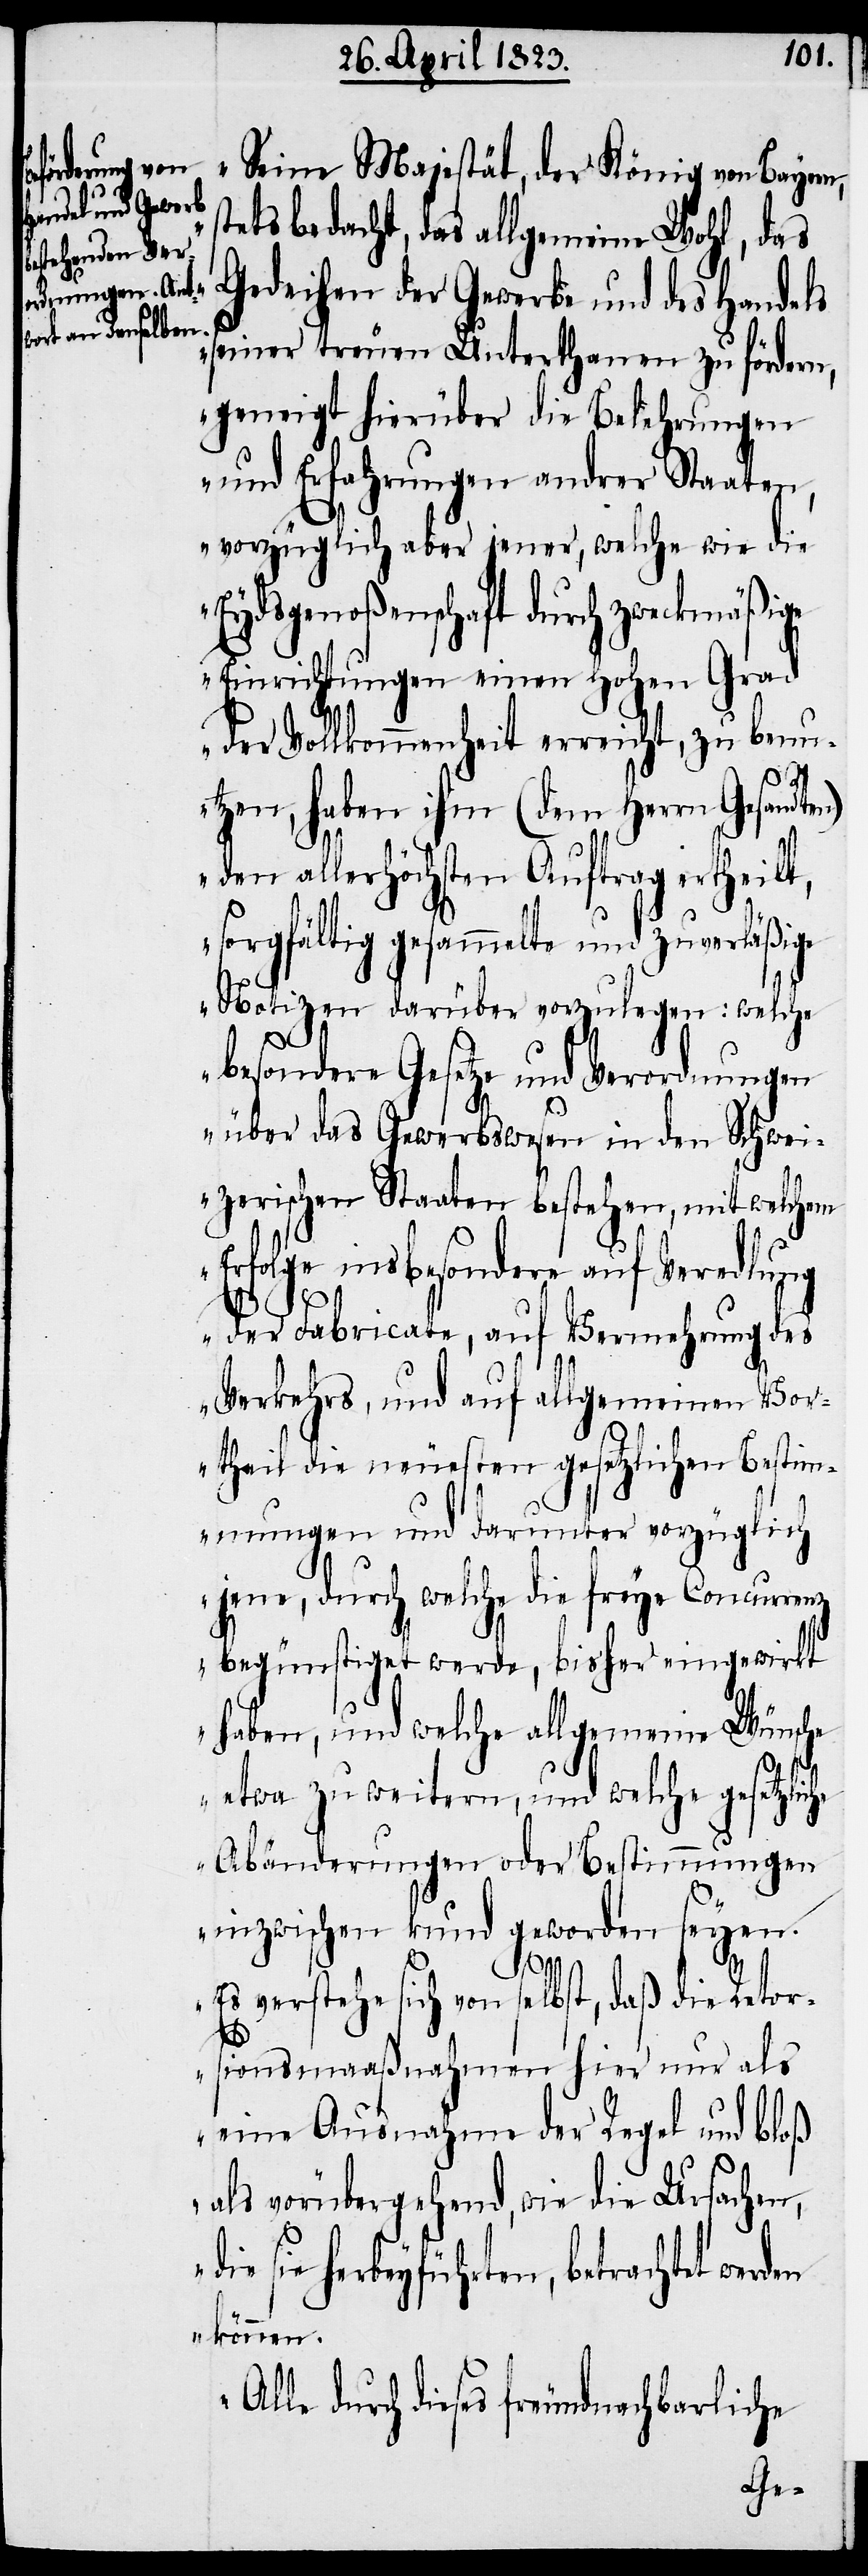
„Seine Majestät, der König von Bayern,
tets bedacht, das allgemeine Wohl, das
Gedeihen der Gewerbe und des Handels
seiner treuen Unterthanen zu fördern,
geneigt hierüber die Belehrungen
und Erfahrungen andrer Staaten,
vorzüglich aber jener, welche wie die
Eydsgenoßenschaft durch zweckmäßige
Einrichtungen einen hohen Grad
der Vollkommenheit erreicht, zu benu¬
tzen, haben ihm (dem Herrn Gesandten)
den allerhöchsten Auftrag ertheilt,
sorgfältig gesammelte und zuverläßige
Notizen darüber vorzulegen: welche
besondere Gesetze und Verordnungen
über das Gewerbswesen in den Schwei¬
zerischen Staaten bestehen, mit welchem
Erfolge insbesondere auf Veredlung
der Fabricate, auf Vermehrung des
Verkehrs, und auf allgemeinen Vor¬
theil die neuesten gesetzlichen Bestim¬
mungen und darunter vorzüglich
jene, durch welche die freye Concurrenz
begünstiget werde, bisher eingewirkt
haben, und welche allgemeine Wünsche
etwa zu weitern, und welche gesetzliche
Abänderungen oder Bestimmungen
inzwischen kund geworden seyen.
Es verstehe sich von selbst, daß die Retor¬
s¬
sionsmaaßnahmen hier nur als
eine Ausnahme der Regel und bloß
als vorübergehend, wie die Ursachen,
sie herbeyführten, betrachtet
können.
Alle durch dieses freundnachbarliche